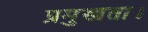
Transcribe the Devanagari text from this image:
प्रमुखता।